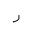
Letter: _ra